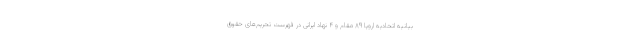
بیانیه اتحادیه اروپا ۸۹ مقام و ۴ نهاد ایرانی در فهرست تحریم‌های حقوق